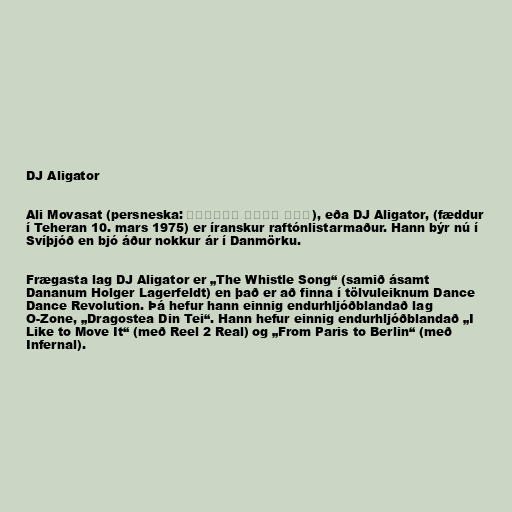
DJ Aligator

Ali Movasat (persneska: علی اصغر مواسات), eða DJ Aligator, (fæddur
í Teheran 10. mars 1975) er íranskur raftónlistarmaður. Hann býr nú í
Svíþjóð en bjó áður nokkur ár í Danmörku.

Frægasta lag DJ Aligator er „The Whistle Song“ (samið ásamt
Dananum Holger Lagerfeldt) en það er að finna í tölvuleiknum Dance
Dance Revolution. Þá hefur hann einnig endurhljóðblandað lag
O-Zone, „Dragostea Din Tei“. Hann hefur einnig endurhljóðblandað „I
Like to Move It“ (með Reel 2 Real) og „From Paris to Berlin“ (með
Infernal).